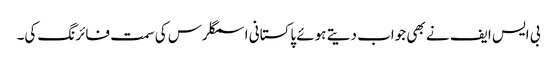
بی ایس ایف نے بھی جواب دیتے ہوئے پاکستانی اسمگلرس کی سمت فائرنگ کی۔